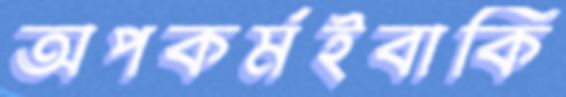
অপকর্মইবাকি